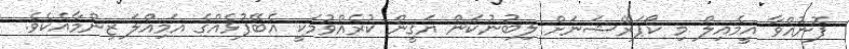
ފޮނުއްވާ އީމެއިލް މި ކޯޕަރޭޝަނަށް ލިބުނުކަން ޔަޤީން ކުރެއްވުމަކީ އެބޭފުޅެއްގެ އަމިއްލަ ޒިންމާއެކެވެ.